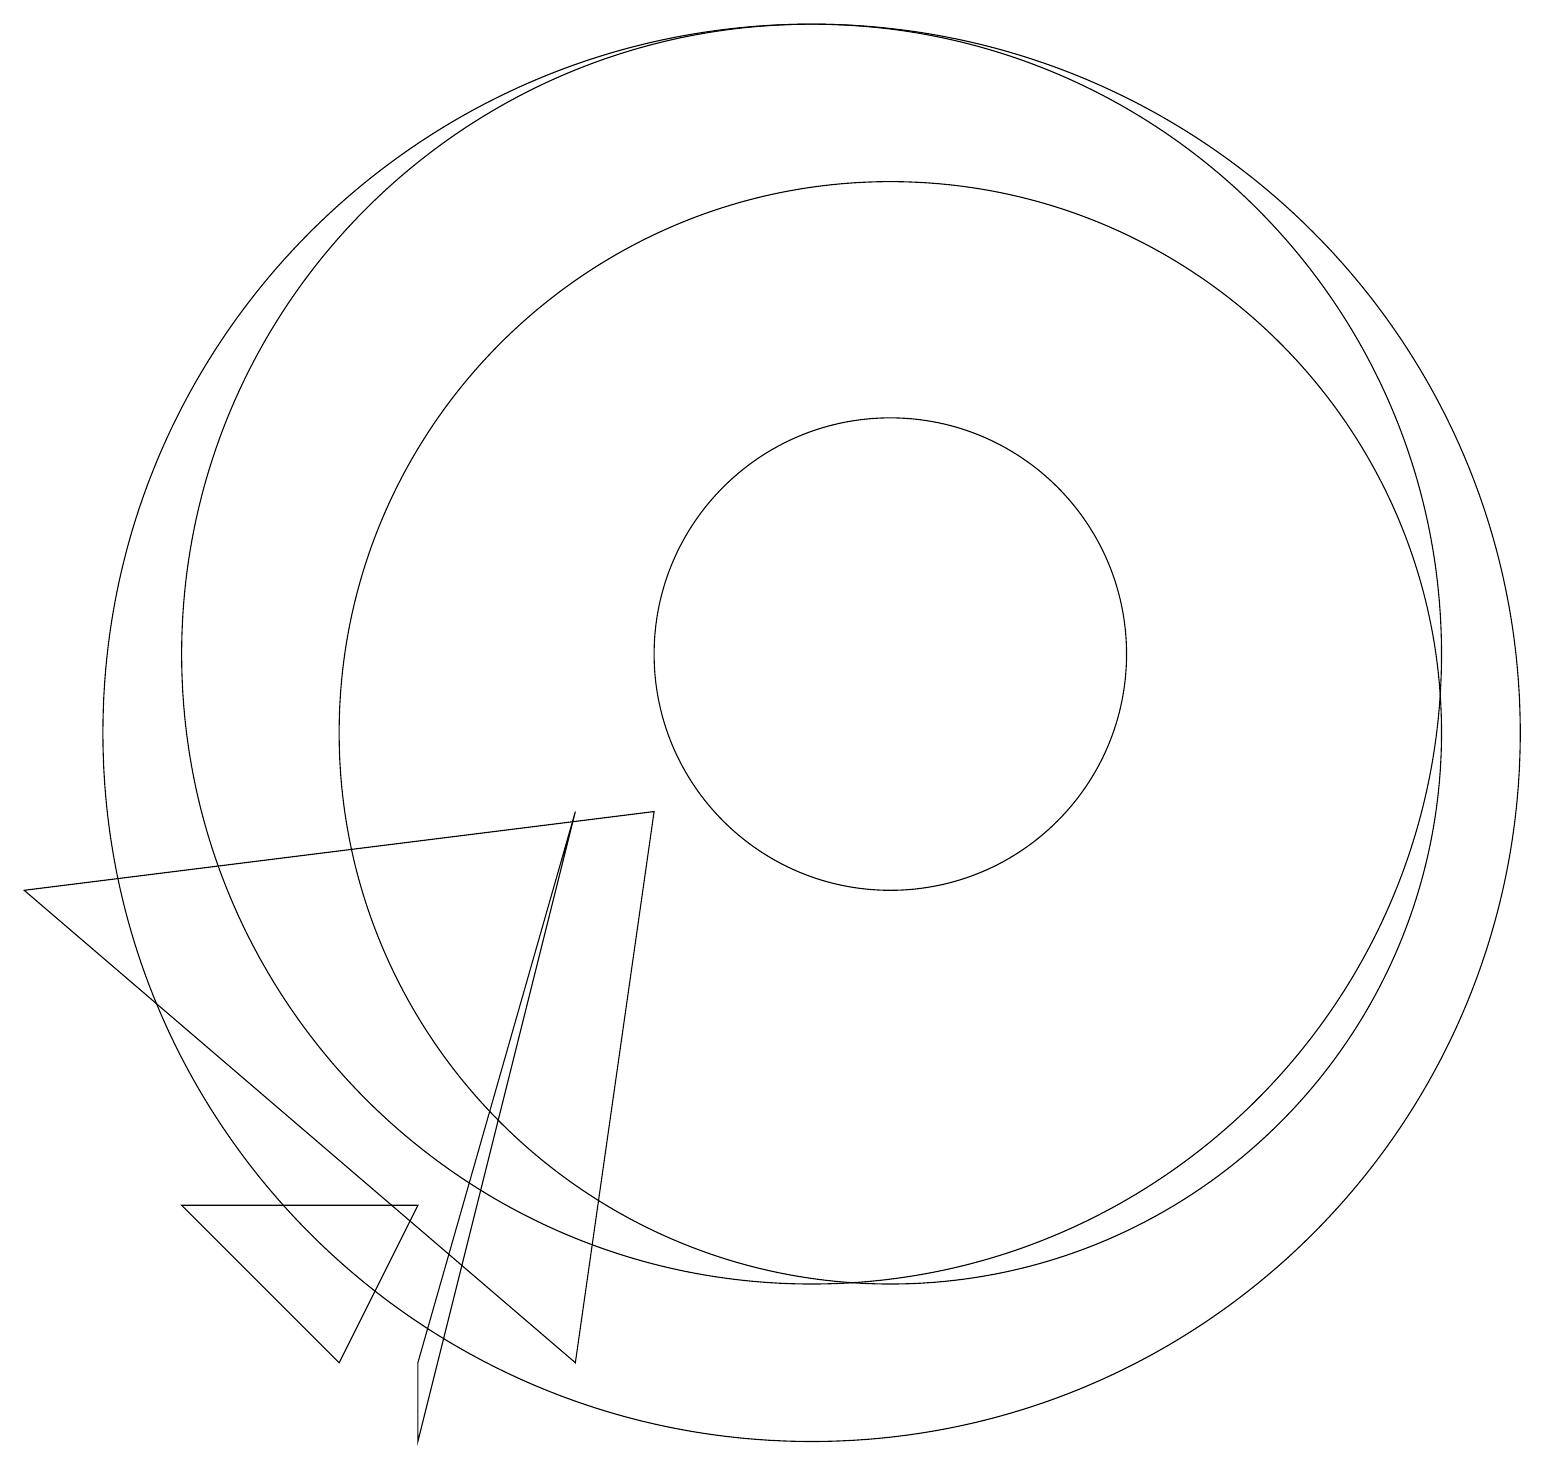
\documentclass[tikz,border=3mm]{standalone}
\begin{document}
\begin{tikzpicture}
\draw (4,2) -- (5,4) -- (2,4) -- cycle;
\draw (5,1) -- (7,9) -- (5,2) -- cycle;
\draw (11,11) circle (3);
\draw (0,8) -- (8,9) -- (7,2) -- cycle;
\draw (11,10) circle (7);
\draw (10,10) circle (9);
\draw (10,11) circle (8);
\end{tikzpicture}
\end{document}